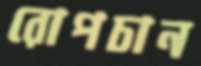
রোপচান